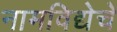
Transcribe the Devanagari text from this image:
नामविद्येचे